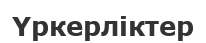
Үркерліктер